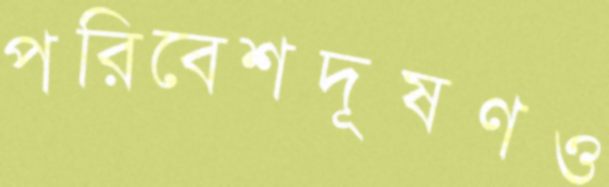
পরিবেশদূষণও